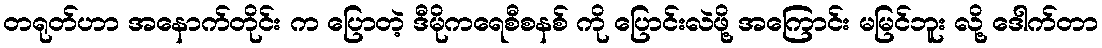
တရုတ်ဟာ အနောက်တိုင်း က ပြောတဲ့ ဒီမိုကရေစီစနစ် ကို ပြောင်းလဲဖို့ အကြောင်း မမြင်ဘူး လို့ ဒေါက်တာ